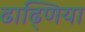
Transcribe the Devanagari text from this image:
ढाढ्णिया